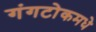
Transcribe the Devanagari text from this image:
गंगटोकमधे